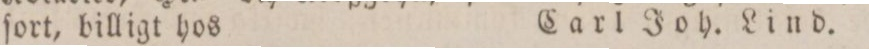
ſort, billigt hos    Carl Joh. Lind.